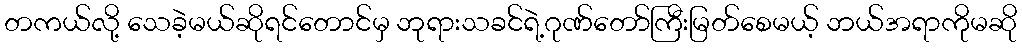
တကယ်လို့ သေခဲ့မယ်ဆိုရင်တောင်မှ ဘုရားသခင်ရဲ့ဂုဏ်တော်ကြီးမြတ်စေမယ့် ဘယ်အရာကိုမဆို